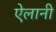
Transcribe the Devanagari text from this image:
ऐलानी